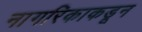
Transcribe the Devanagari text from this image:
नागरिकाकडून